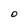
Character: O